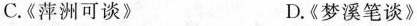
C.《萍洲可谈》 D.《梦溪笔谈》